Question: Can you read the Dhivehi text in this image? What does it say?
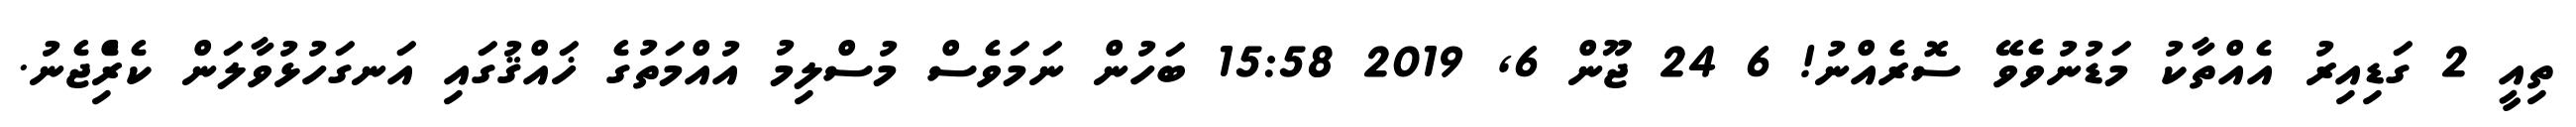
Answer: ތިއީ 2 ގަޑިއިރު އެއްތާކު މަޑުނުވެވޭ ސޮރެއްނު! 6 24 ޖޫން 6, 2019 15:58 ބަހުން ނަމަވެސް މުސްލިމު އުއްމަތުގެ ޚައްޤުގައި އަނގަހުޅުވާލަން ކެރިެްޖެނު.